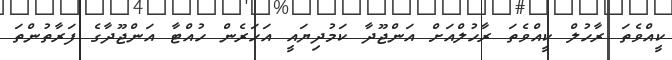
ކީއްވެތަ ރާހުލް ކީއްވެތަ ރާހުލްއަށް އަންޖޫދާ ކަމުދިޔައީ އަހަރެން ހުއްޓާ އަންޖޫދާގެ ފަރާތުންތަ